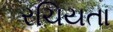
રચિયતા